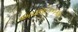
અવલોકનકાર